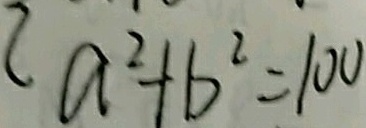
a ^ { 2 } + b ^ { 2 } = 1 0 0